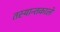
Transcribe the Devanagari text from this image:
तस्यान्तकाले